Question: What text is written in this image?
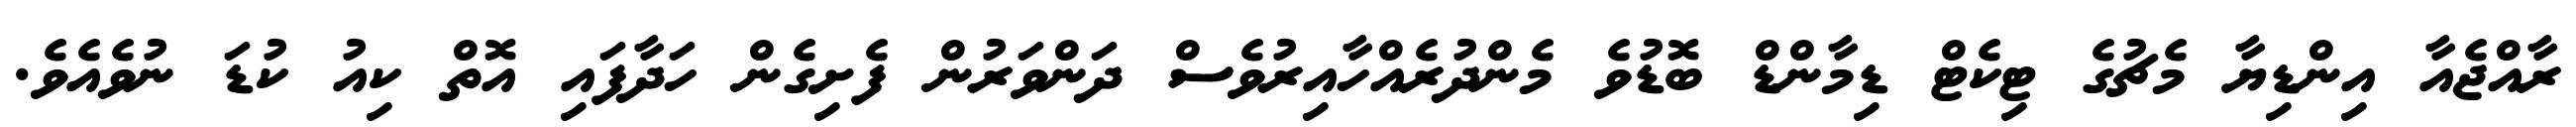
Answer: ރާއްޖެއާ އިންޑިޔާ މެޗުގެ ޓިކެޓް ޑިމާންޑް ބޮޑުވެ މެންދުރެއްހާއިރުވެސް ދަންވަރުން ފެށިގެން ހަދާފައި އޮތް ކިއު ކުޑަ ނުވެއެވެ.